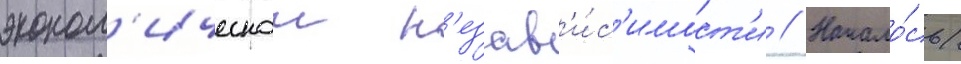
эконом'ическои н'езав'и́с'имост'и // Начало́сь